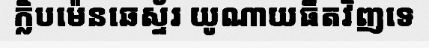
ក្លិបម៉េនឆេស្ទ័រ យូណាយធីតវិញទេ